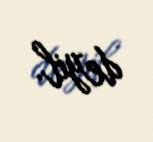
deyil.